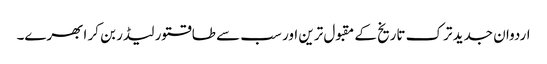
اردوان جدید ترک تاریخ کے مقبول ترین اور سب سے طاقتور لیڈر بن کر ابھرے۔